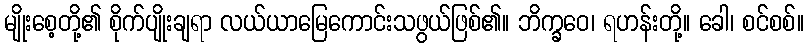
မျိုးစေ့တို့၏ စိုက်ပျိုးချရာ လယ်ယာမြေကောင်းသဖွယ်ဖြစ်၏။ ဘိက္ခဝေ၊ ရဟန်းတို့။ ခေါ၊ စင်စစ်။